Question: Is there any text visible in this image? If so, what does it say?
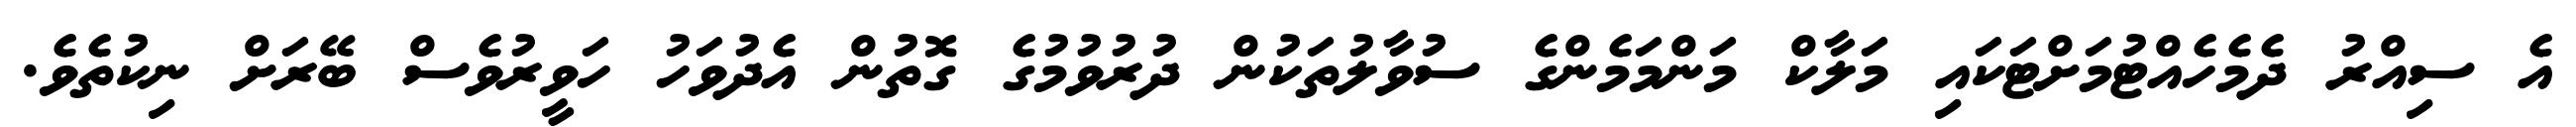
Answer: އެ ސިއްރު ދެމެހެއްޓުމަށްޓަކައި މަލާކް މަންމަމެންގެ ސުވާލުތަކުން ދުރުވުމުގެ ގޮތުން އެދުވަހު ހަވީރުވެސް ބޭރަށް ނިކުތެވެ.